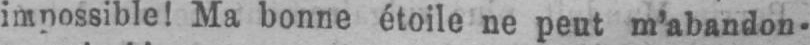
impossible! Ma bonne étoile ne peut m’abandon-